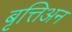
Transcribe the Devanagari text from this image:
बृत्तिअन